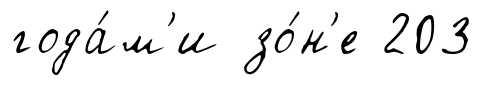
года́м'и зо́н'е 203